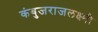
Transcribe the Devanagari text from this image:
कंबुजराजलक्ष्मी